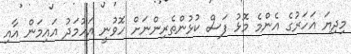
މިދިޔަ އަހަރުގެ އެންމެ މޮޅު ފަސް ކުޅުންތެރިންނަށް ހޮވުނީ އަހުމަދު އައިމަން އާއި